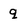
Character: q